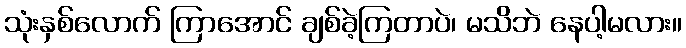
သုံးနှစ်လောက် ကြာအောင် ချစ်ခဲ့ကြတာပဲ၊ မသိဘဲ နေပါ့မလား။